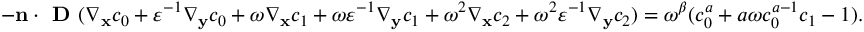
\begin{array} { r } { - \mathbf n \cdot \textbf { D } ( \nabla _ { \mathbf x } c _ { 0 } + \varepsilon ^ { - 1 } \nabla _ { \mathbf y } c _ { 0 } + \omega \nabla _ { \mathbf x } c _ { 1 } + \omega \varepsilon ^ { - 1 } \nabla _ { \mathbf y } c _ { 1 } + \omega ^ { 2 } \nabla _ { \mathbf x } c _ { 2 } + \omega ^ { 2 } \varepsilon ^ { - 1 } \nabla _ { \mathbf y } c _ { 2 } ) = \omega ^ { \beta } ( c _ { 0 } ^ { a } + a \omega c _ { 0 } ^ { a - 1 } c _ { 1 } - 1 ) . } \end{array}